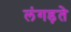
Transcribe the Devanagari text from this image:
लंगड़ते